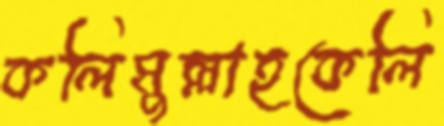
কলিমুল্লাহকেলি